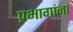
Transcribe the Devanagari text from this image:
प्रभागांना